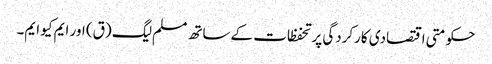
حکومتی اقتصادی کارکردگی پر تحفظات کے ساتھ مسلم لیگ (ق) اور ایم کیو ایم۔